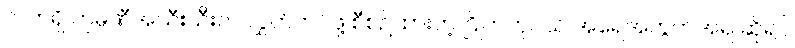
လက်ရှိ ကုမ္ပဏီအသီးသီးက လွှတ်တင်ဖို့ စီစဉ်ထားတဲ့ ဂြိုဟ်တုငယ် အရေအတွက်အရ ဆိုရင်